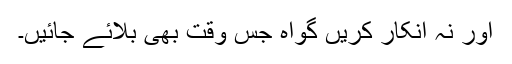
اور نہ انکار کریں گواہ جس وقت بھی بلائے جائیں۔